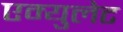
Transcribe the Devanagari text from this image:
एम्युलेट